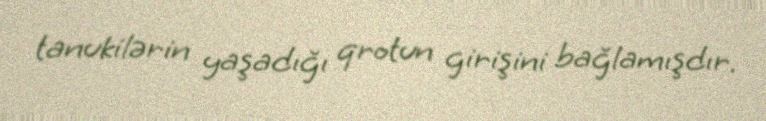
tanukilərin yaşadığı qrotun girişini bağlamışdır.